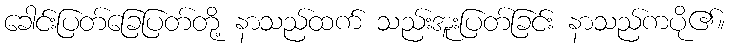
ခေါင်းပြတ်ခြေပြတ်တို့ နာသည်ထက် သည်းအူးပြတ်ခြင်း နာသည်ကပို၏။